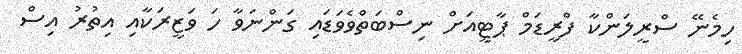
ހިމެނޭ ސްރީލަންކާ ފްރީޑަމް ޕާޓީއަށް ނިސްބަތްވެވަޑައި ގަންނަވާ ހަ ވަޒީރަކާއި އިތުރު އިސް